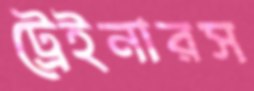
ট্রেইনারস